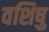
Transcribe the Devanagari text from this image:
वशिषु